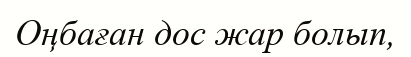
Оңбаған дос жар болып,